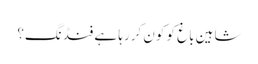
شاہین باغ کو کون کررہا ہے فنڈنگ؟